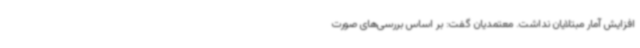
افزایش آمار مبتلایان نداشت. معتمدیان گفت: بر اساس بررسی‌های صورت